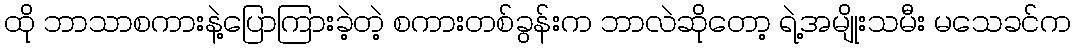
ထို ဘာသာစကားနဲ့ပြောကြားခဲ့တဲ့ စကားတစ်ခွန်းက ဘာလဲဆိုတော့ ရဲ့အမျိုးသမီး မသေခင်က